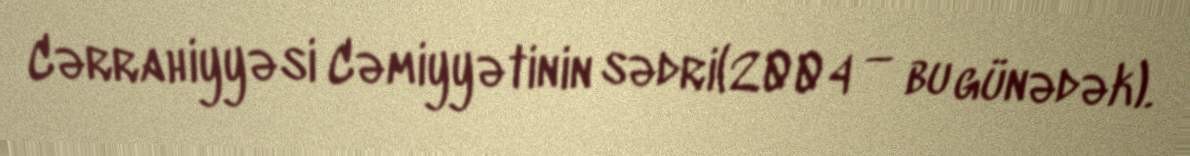
Cərrahiyyəsi Cəmiyyətinin sədri(2004 — bu günədək).